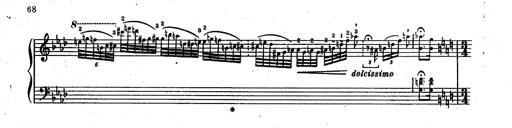
Title: RÃ©miniscences des Huguenots
Composer: Franz Liszt